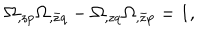
\Omega _ { , z p } \Omega _ { , \bar { z } q } - \Omega _ { , z q } \Omega _ { , \bar { z } p } = 1 ,